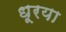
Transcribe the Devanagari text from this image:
धूरया